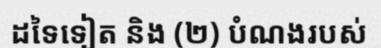
ដទៃទៀត និង (២) បំណងរបស់